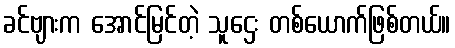
ခင်ဗျားက အောင်မြင်တဲ့ သူဌေး တစ်ယောက်ဖြစ်တယ်။